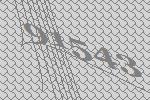
91543